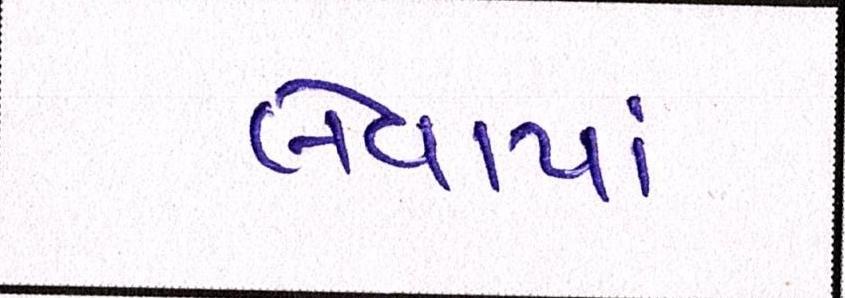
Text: લેવાયાં